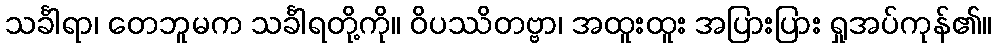
သင်္ခါရာ၊ တေဘူမက သင်္ခါရတို့ကို။ ဝိပဿိတဗ္ဗာ၊ အထူးထူး အပြားပြား ရှုအပ်ကုန်၏။